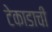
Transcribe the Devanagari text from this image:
टेकाडाची